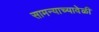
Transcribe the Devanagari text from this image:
सामन्याच्यावेळी